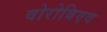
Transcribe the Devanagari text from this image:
वोरोबिएव